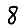
Digit: 8